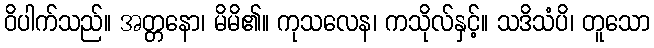
ဝိပါက်သည်။ အတ္တနော၊ မိမိ၏။ ကုသလေန၊ ကသိုလ်နှင့်။ သဒိသံပိ၊ တူသော